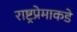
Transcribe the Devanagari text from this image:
राष्ट्रप्रेमाकडे